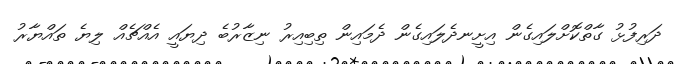
ދަރިފުޅު ގާތްކޮށްލައިގެން އިށީނދެލައިގެން ދެމައިން ތިބިއިރު ނިޒާރުބެ ދިޔައީ އެއްޗެއް ލިޔެ ތައްޔާރު